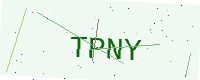
Text: TPNY